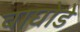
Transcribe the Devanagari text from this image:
वाघोडे